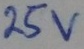
Text: 25V